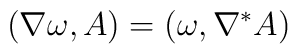
(\nabla \omega, A) = (\omega, \nabla^* A)